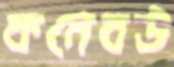
কনেবউ